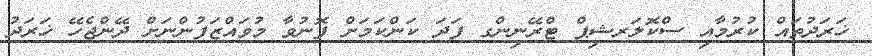
ޚަރަދުތައް ކުރުމާއި ސްކޮލަރޝިޕް ޓްރޭނިންގ ފަދަ ކަންކަމަށް ފޮނުވާ މުވައްޒަފުންނަށް ދޭންޖެހޭ ޚަރަދު